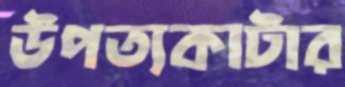
উপত্যকাটার